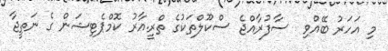
މި އަހަރު ބޭއްވި  ސާފުރާއްޖެ ސްކޫލްތަކުގެ ތްރީ.އާރު ކޮމްޕެޓިޝަން ގެ ނަތީޖާ